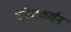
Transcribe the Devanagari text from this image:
क्रोधकर्सन